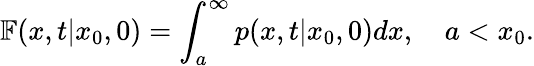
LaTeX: \mathbb{F}(x,t|x_{0},0)=\int_{a}^{\infty}p(x,t|x_{0},0)dx,\quad a<x_{0}.